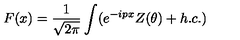
F ( x ) = \frac { 1 } { \sqrt { 2 \pi } } \int ( e ^ { - i p x } Z ( \theta ) + h . c . )